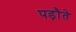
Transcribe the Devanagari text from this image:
पड़ौते